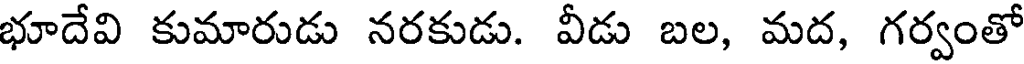
భూదేవి కుమారుడు నరకుడు. వీడు బల, మద, గర్వంతో